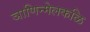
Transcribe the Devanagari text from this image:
ञाणिन्मेलकळि